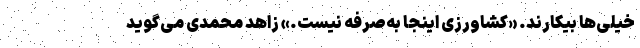
خیلی‌ها بیکارند. «کشاورزی اینجا به‌صرفه نیست.» زاهد محمدی‌ می‌گوید